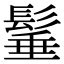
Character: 𩭦